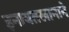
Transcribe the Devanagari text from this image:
इनायतखानाने